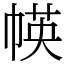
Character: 㡕